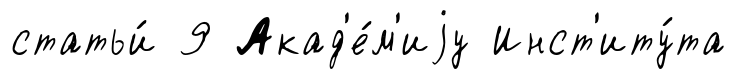
статьи́ 9 Акад'е́м'иjу Инст'иту́та